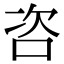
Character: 咨